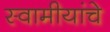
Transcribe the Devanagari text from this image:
स्वामीयांचे